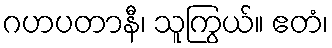
ဂဟပတာနီ၊ သူကြွယ်။ ဧတံ၊